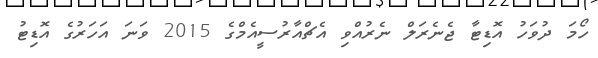
ހޯމަ ދުވަހު އޮޑިޓާ ޖެނެރަލް ނެރުއްވި އެޗްއާރުސީއެމްގެ 2015 ވަނަ އަހަރުގެ އޮޑިޓު